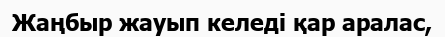
Жаңбыр жауып келедi қар аралас,